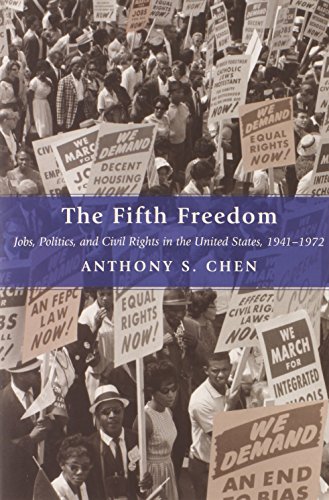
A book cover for The Fifth Freedom: Jobs, Politics, and Civil Rights in the United States, 1941-1972 (Princeton Studies in American Politics: Historical, International, and Comparative Perspectives); Anthony S. Chen; Law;